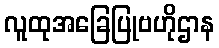
လူထုအခြေပြုဗဟိုဌာန